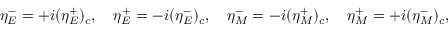
\eta _ { E } ^ { - } = + i ( \eta _ { E } ^ { + } ) _ { c } , \quad \eta _ { E } ^ { + } = - i ( \eta _ { E } ^ { - } ) _ { c } , \quad \eta _ { M } ^ { - } = - i ( \eta _ { M } ^ { + } ) _ { c } , \quad \eta _ { M } ^ { + } = + i ( \eta _ { M } ^ { - } ) _ { c } ,